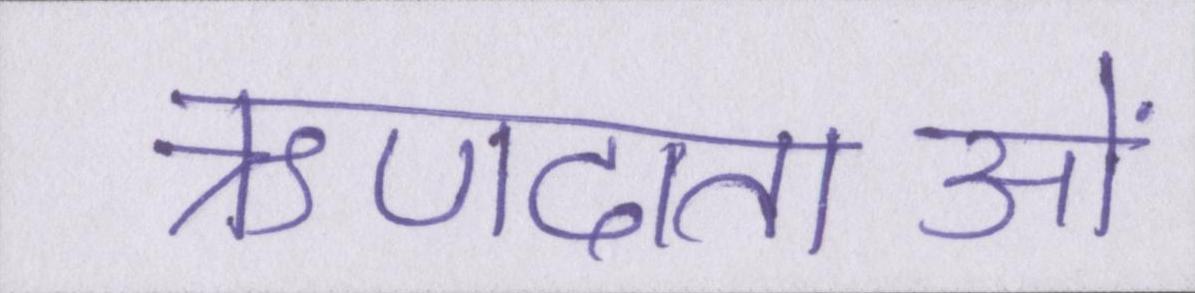
ऋणदाताओं